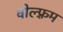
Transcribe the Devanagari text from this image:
वोल्फ़्रम